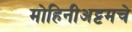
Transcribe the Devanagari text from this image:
मोहिनीअट्टमचे